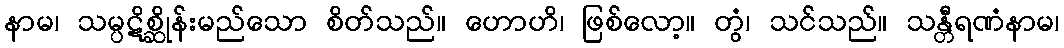
နာမ၊ သမ္ပဋိစ္ဆိုန်းမည်သော စိတ်သည်။ ဟောဟိ၊ ဖြစ်လော့။ တွံ၊ သင်သည်။ သန္တီရဏံနာမ၊